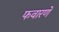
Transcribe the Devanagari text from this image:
फवारणे